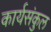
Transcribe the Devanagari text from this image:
कार्यसंकुल